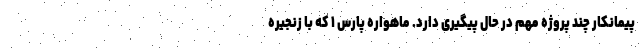
پیمانکار چند پروژه مهم در حال پیگیری دارد. ماهواره پارس ۱ که با زنجیره